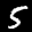
Label: 5